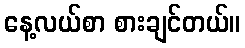
နေ့လယ်စာ စားချင်တယ်။